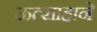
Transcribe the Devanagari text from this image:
ऊत्साहाने